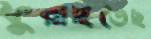
ফুরাইতেছ